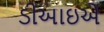
ડીઆઇએ